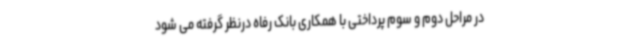
در مراحل دوم و سوم پرداختی با همکاری بانک رفاه درنظر گرفته می شود